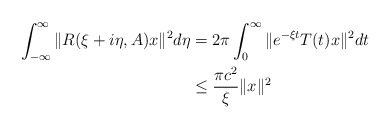
\begin{align*}\int_{-\infty}^{\infty}\|R(\xi +i\eta,A)x\|^2 d\eta&=2\pi \int_0^{\infty} \|e^{-\xi t}T(t)x\|^2 dt \\&\leq \frac{\pi c^2}{\xi } \|x\|^2\end{align*}